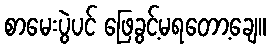
စာမေးပွဲပင် ဖြေခွင့်မရတော့ချေ။